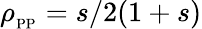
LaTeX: \rho_{_{\mathrm{PP}}}={s}/{2(1+s)}